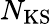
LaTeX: N_{\mathrm{{KS}}}